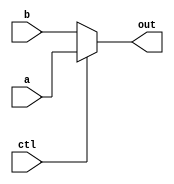
module MUX32 (a, b, ctl, out);

    input [31:0] a;
    input [31:0] b;
    input ctl;
    output [31:0] out;

    assign out = ctl ? a : b;

endmodule